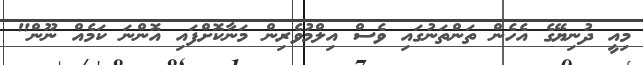
މިއީ ދުނިޔޭގެ އެހެން ތަންތަނުގައި ވެސް އިލްމުވެރިން މަނާކޮށްފައި އޮންނަ ކަމެއް ނޫން"